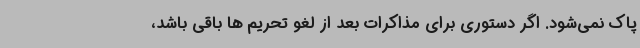
پاک نمی‌شود. اگر دستوری برای مذاکرات بعد از لغو تحریم ها باقی باشد،